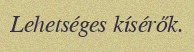
Lehetséges kísérők.